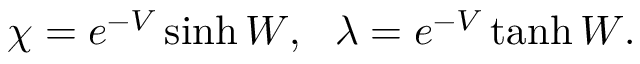
\chi = e ^ { - V } \sinh W , ~ ~ \lambda = e ^ { - V } \operatorname { t a n h } W .